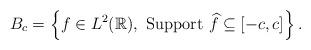
LaTeX: \begin{align*}B_c=\left \{ f\in L^2(\mathbb R),\,\, \mbox{Support } \widehat f\subseteq [-c,c] \right\}.\end{align*}